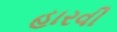
હારવી